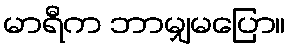
မာရီက ဘာမျှမပြော။